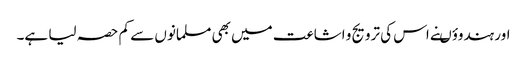
اور ہندوؤںنے اس کی ترویج و اشاعت میں بھی مسلمانوں سے کم حصہ لیا ہے۔